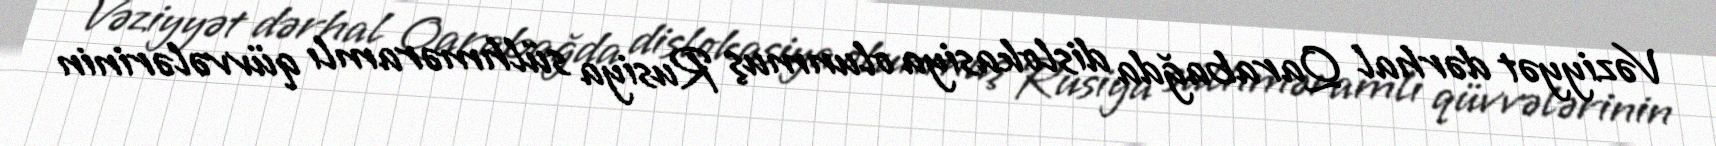
Vəziyyət dərhal Qarabağda dislokasiya olunmuş Rusiya sülhməramlı qüvvələrinin